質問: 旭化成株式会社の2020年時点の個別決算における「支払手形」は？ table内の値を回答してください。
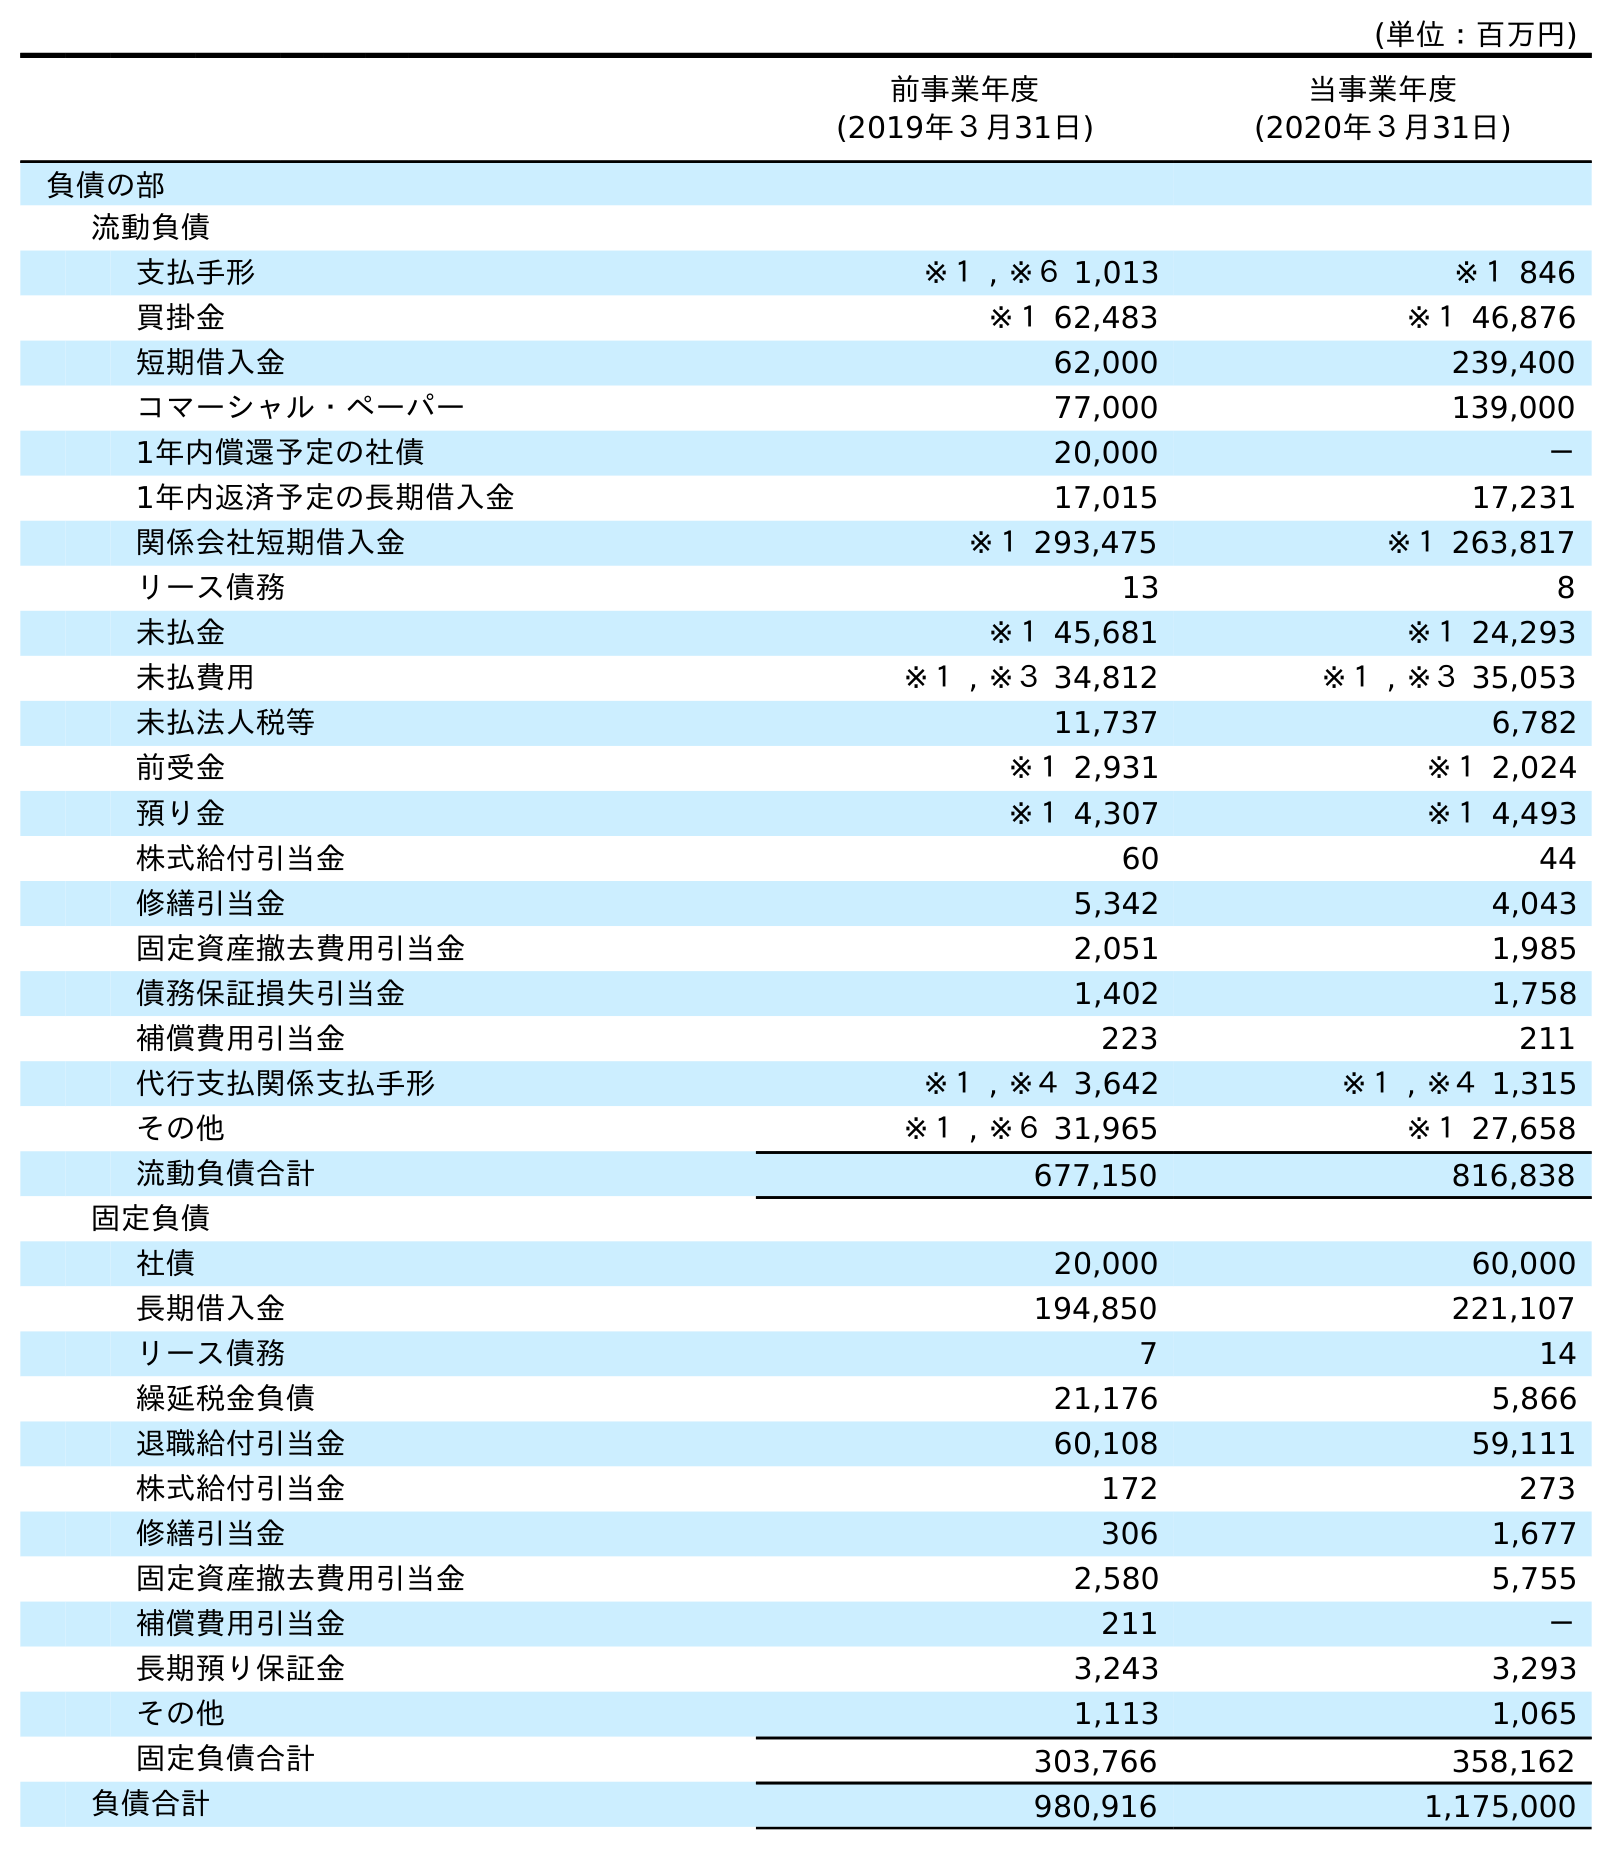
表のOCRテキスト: (単位：百万円) 前事業年度 (2019年３月31日) 当事業年度 (2020年３月31日) 負債の部 流動負債 支払手形 ※１ , ※６ 1,013 ※１ 846 買掛金 ※１ 62,483 ※１ 46,876 短期借入金 62,000 239,400 コマーシャル・ペーパー 77,000 139,000 1年内償還予定の社債 20,000 － 1年内返済予定の長期借入金 17,015 17,231 関係会社短期借入金 ※１ 293,475 ※１ 263,817 リース債務 13 8 未払金 ※１ 45,681 ※１ 24,293 未払費用 ※１ , ※３ 34,812 ※１ , ※３ 35,053 未払法人税等 11,737 6,782 前受金 ※１ 2,931 ※１ 2,024 預り金 ※１ 4,307 ※１ 4,493 株式給付引当金 60 44 修繕引当金 5,342 4,043 固定資産撤去費用引当金 2,051 1,985 債務保証損失引当金 1,402 1,758 補償費用引当金 223 211 代行支払関係支払手形 ※１ , ※４ 3,642 ※１ , ※４ 1,315 その他 ※１ , ※６ 31,965 ※１ 27,658 流動負債合計 677,150 816,838 固定負債 社債 20,000 60,000 長期借入金 194,850 221,107 リース債務 7 14 繰延税金負債 21,176 5,866 退職給付引当金 60,108 59,111 株式給付引当金 172 273 修繕引当金 306 1,677 固定資産撤去費用引当金 2,580 5,755 補償費用引当金 211 － 長期預り保証金 3,243 3,293 その他 1,113 1,065 固定負債合計 303,766 358,162 負債合計 980,916 1,175,000
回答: ※１846